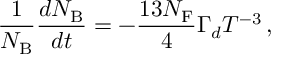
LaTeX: \frac { 1 } { N _ { \mathrm { B } } } \frac { d N _ { \mathrm { B } } } { d t } = - \frac { 1 3 N _ { \mathrm { F } } } { 4 } \Gamma _ { d } T ^ { - 3 } \, ,